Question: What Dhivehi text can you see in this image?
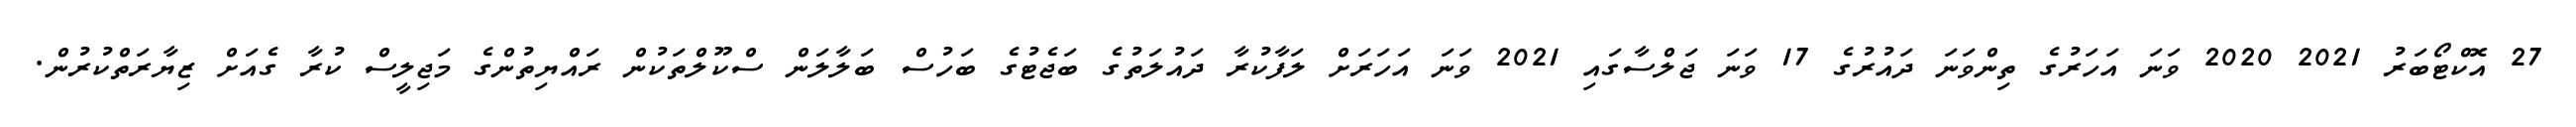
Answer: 27 އޮކްޓޯބަރު 2021 2020 ވަނަ އަހަރުގެ ތިންވަނަ ދައުރުގެ 17 ވަނަ ޖަލްސާގައި 2021 ވަނަ އަހަރަށް ލަފާކުރާ ދައުލަތުގެ ބަޖެޓުގެ ބަހުސް ބަލާލަން ސްކޫލްތަކުން ރައްޔިތުންގެ މަޖިލީސް ކުރާ ގެއަށް ޒިޔާރަތްކުރުން.